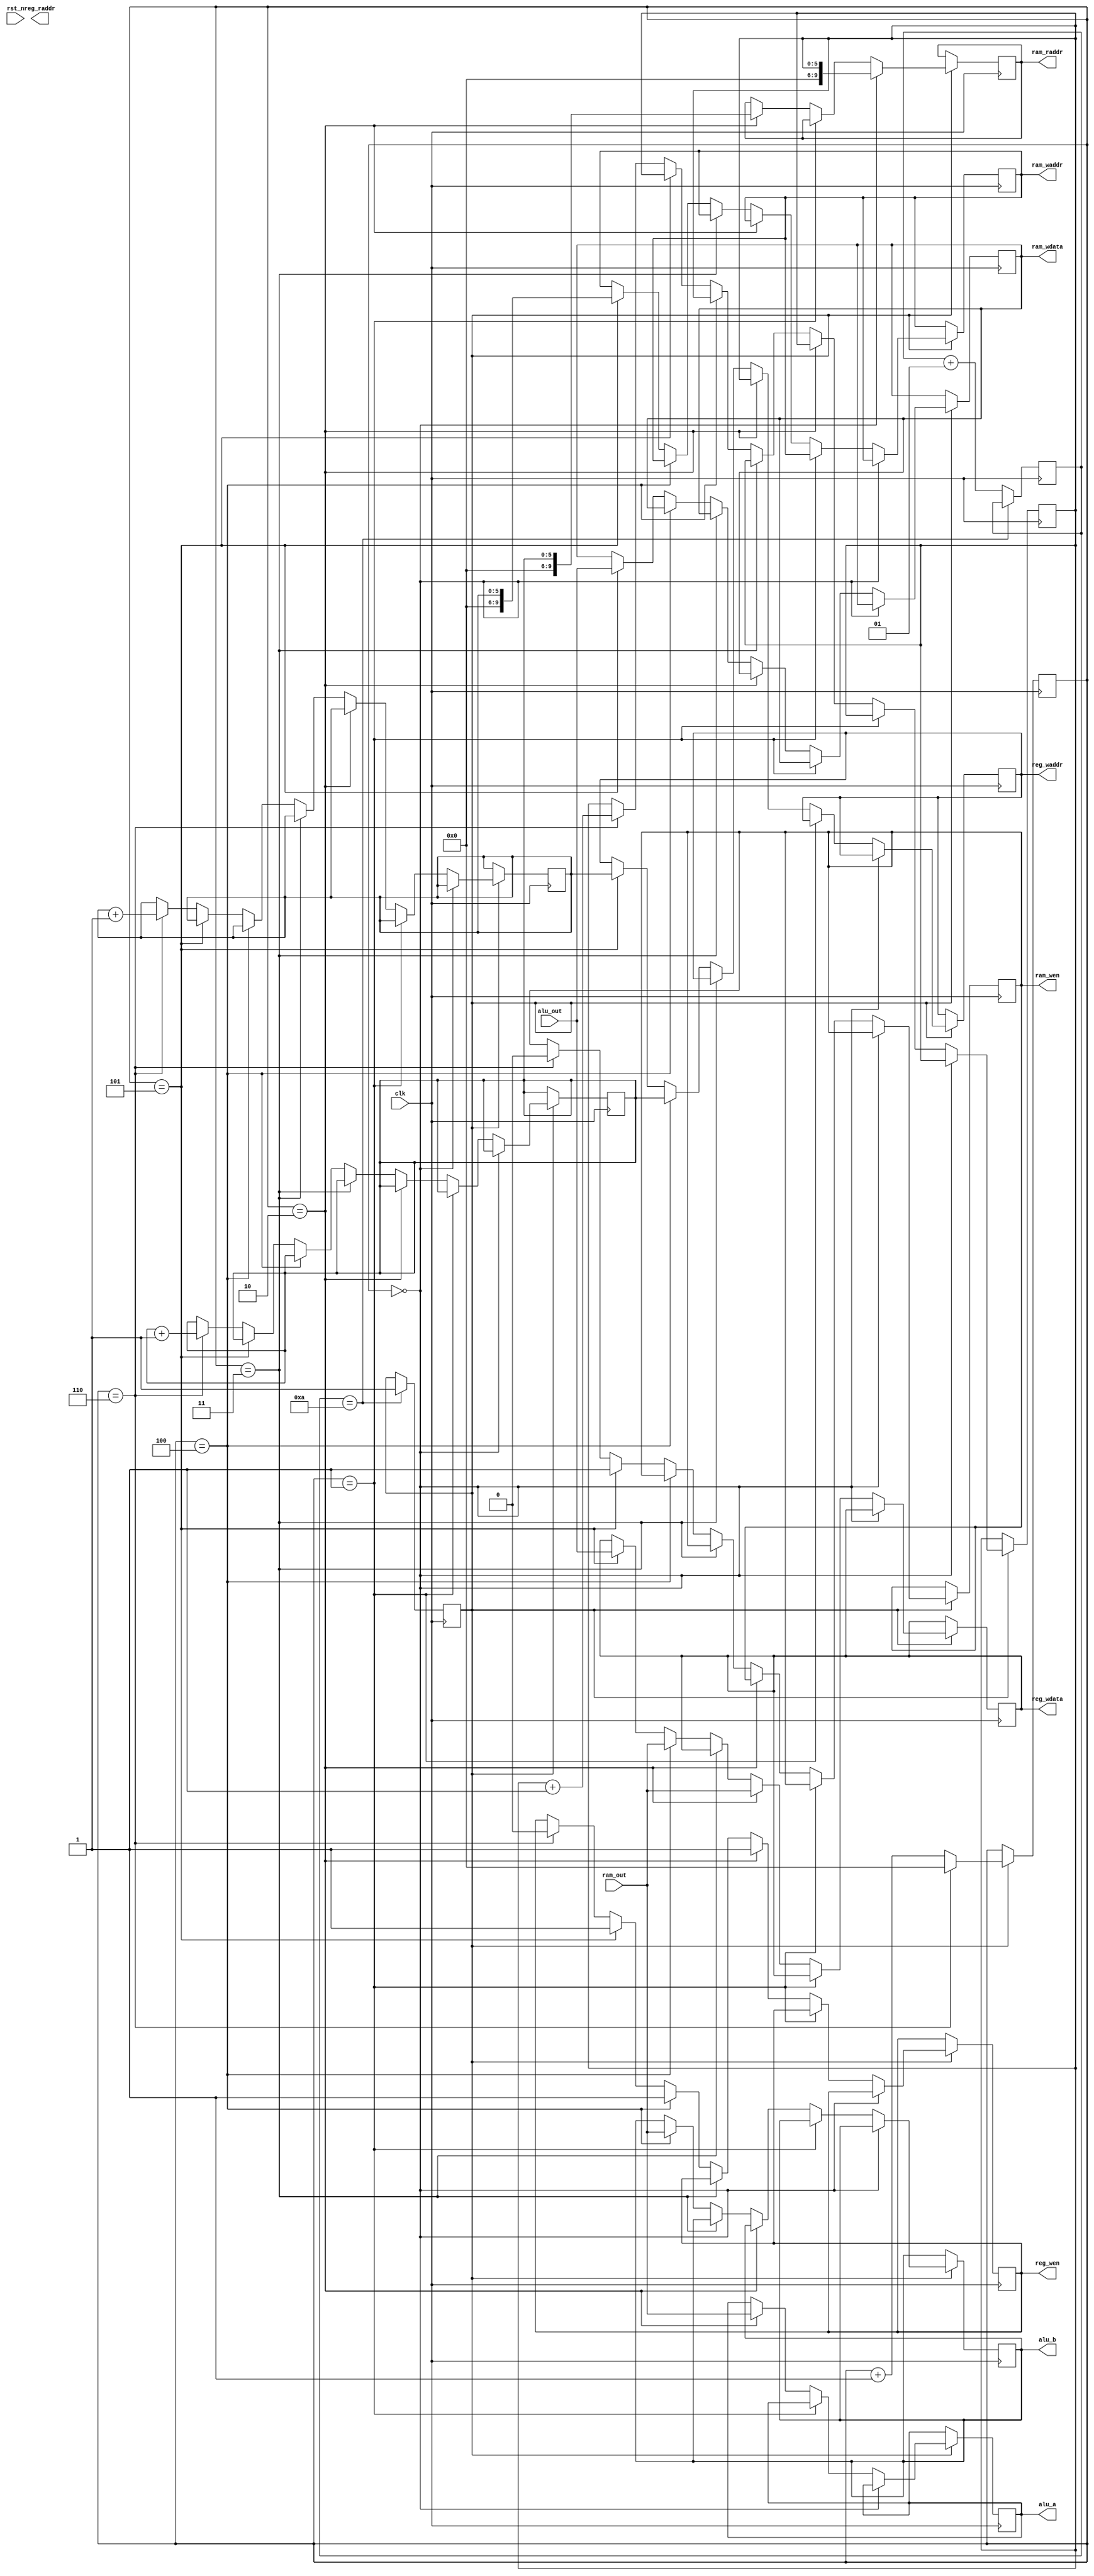
`timescale 1ns / 1ps

module CONTROL(
    input clk,
    input rst_n,
    input wire [31:0] ram_out,
    output reg [31:0] alu_a,
    output reg [31:0] alu_b,
    input wire [31:0] alu_out,
    output reg [9:0] ram_raddr,
    output reg [9:0] ram_waddr,
    output reg [5:0] reg_raddr,
    output reg [5:0] reg_waddr,
    output reg reg_wen,
    output reg ram_wen,
    output reg [31:0] ram_wdata,
    output reg [31:0] reg_wdata
);

    reg [3:0] period = 0;

    // wait init
    reg init_done = 0;
    integer init_cnt = 0;
    always@(posedge clk) begin
        if (init_cnt == 10) begin
            init_done <= 1;
        end else begin
            init_cnt <= init_cnt + 1;
        end
    end

    always@(negedge clk) begin
        if (init_done) begin
            if (period == 6) begin
                period <= 0;
            end else begin
                period <= period + 1;
            end
        end
    end
    
    reg [5:0] r1 = 0, r2 = 1, r3 = 2;

    always@(negedge clk) begin
        if (init_done) begin
            if (period == 0) begin
                ram_raddr <= r1;
            end else if (period == 1) begin
                // wait
            end else if (period == 2) begin
                reg_waddr <= r1;
                reg_wdata <= ram_out;
                reg_wen <= 1;

                alu_a <= ram_out;

                ram_raddr <= r2;
            end else if (period == 3) begin
                // wait
            end else if (period == 4) begin
                reg_waddr <= r2;
                reg_wdata <= ram_out;
                reg_wen <= 1;

                alu_b <= ram_out;
            end else if (period == 5) begin
                reg_waddr <= r3;
                reg_wdata <= alu_out;
                reg_wen <= 1;

                ram_waddr <= r3;
                ram_wdata <= alu_out;
                ram_wen <= 1;
            end else if (period == 6) begin
                reg_wen <= 0;
                ram_wen <= 0;
                r1 <= r1 + 1;
                r2 <= r2 + 1;
                r3 <= r3 + 1;
            end else begin
                //nothing
            end
        end
    end

endmodule